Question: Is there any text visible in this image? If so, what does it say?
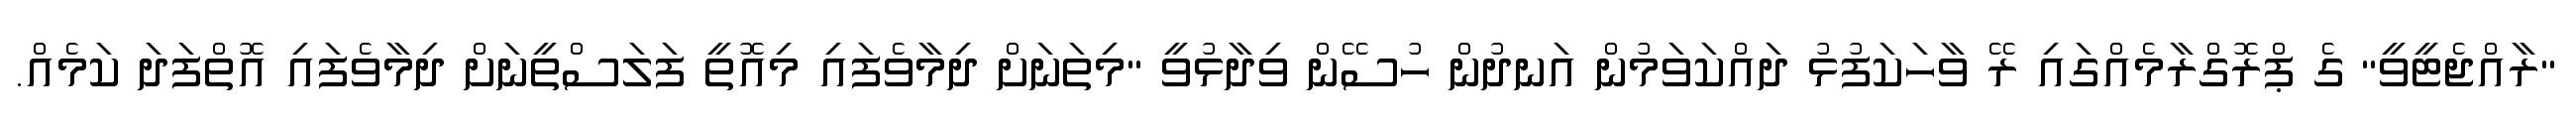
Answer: "ރާއްޖެޓީވީ" ގެ ޕްރޮގްރާމެއްގައި ރޭ ވާހަކަފުޅު ދައްކަވަމުން އަނދުން ހުސޭން ވިދާޅުވީ "މިތަނަށް ދިމާވެފައި މިއޮތީ ފަލަސްތީނަށް ދިމާވެފައި އޮތްފަދަ ކަމެއް.